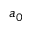
{ a } _ { 0 }